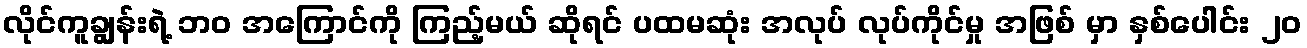
လိုင်ကူချွန်းရဲ့ ဘ၀ အကြောင်ကို ကြည့်မယ် ဆိုရင် ပထမဆုံး အလုပ် လုပ်ကိုင်မှု အဖြစ် မှာ နှစ်ပေါင်း ၂၀